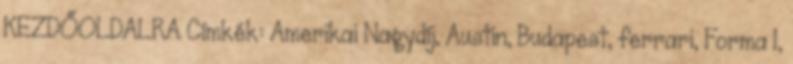
KEZDŐOLDALRA Címkék: Amerikai Nagydíj, Austin, Budapest, ferrari, Forma 1,